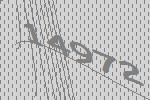
14972